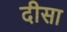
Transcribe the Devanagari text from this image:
दीसा